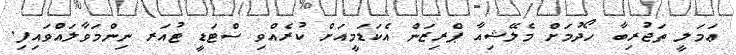
ޢަމަލީ ތަޖުރިބާ ހޯދުމަށް މެލޭޝިއާ ޕްރިޒަން އެކަޑަމީއަށް ކުރެއްވި ސްޓަޑީ ޓުއަރ ނިންމަވާލައްވައިފި.